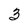
Character: 3